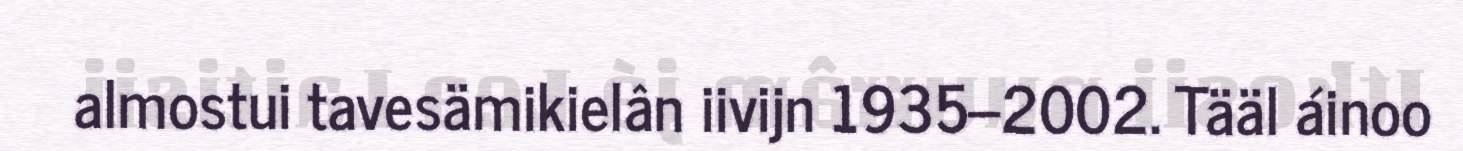
almostui tavesämikielân iivijn 1935–2002. Tääl áinoo